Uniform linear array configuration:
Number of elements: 4
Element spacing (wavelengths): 0.5
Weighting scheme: blackman
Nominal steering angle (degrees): -60
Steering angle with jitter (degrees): -61.688
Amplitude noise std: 0.05
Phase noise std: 0.05

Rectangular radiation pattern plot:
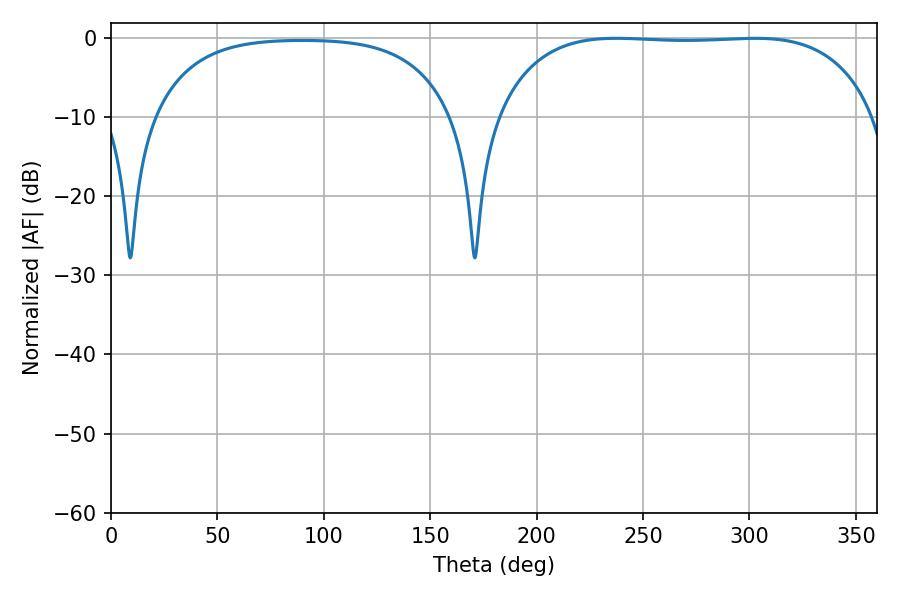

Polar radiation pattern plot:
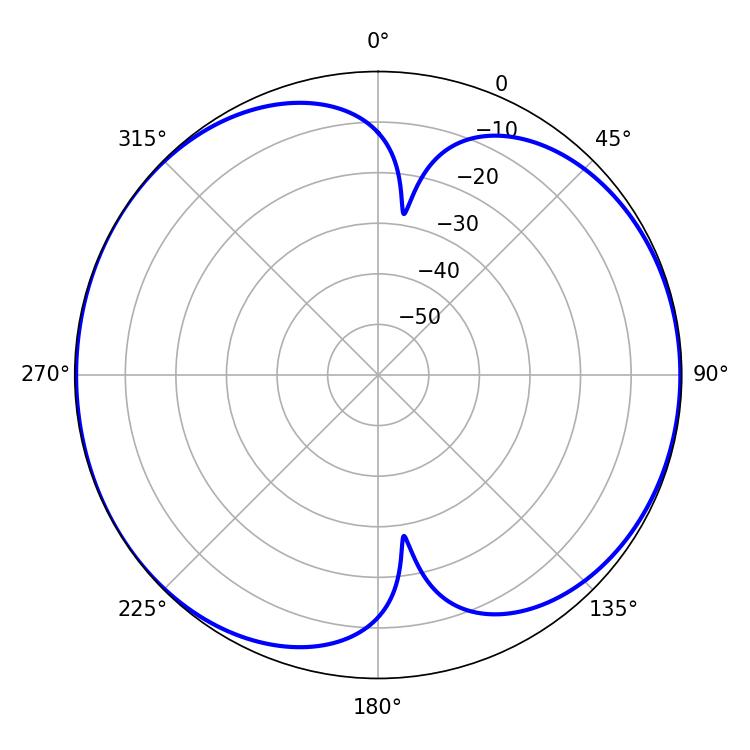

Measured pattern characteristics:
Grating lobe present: FALSE
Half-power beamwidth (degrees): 139.68
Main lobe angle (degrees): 237.42